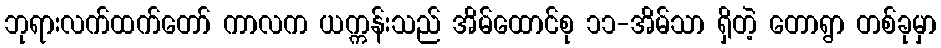
ဘုရားလက်ထက်တော် ကာလက ယက္ကန်းသည် အိမ်ထောင်စု ၁၁-အိမ်သာ ရှိတဲ့ တောရွာ တစ်ခုမှာ